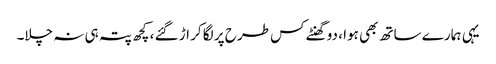
یہی ہمارے ساتھ بھی ہوا ، دو گھنٹے کس طرح پر لگا کر اڑ گئے ، کچھ پتہ ہی نہ چلا۔